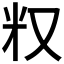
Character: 𠬵